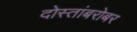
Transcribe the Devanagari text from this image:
दोस्तांबरोबर